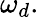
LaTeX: \omega_{d}.